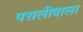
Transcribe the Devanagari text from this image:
पसलीवाला